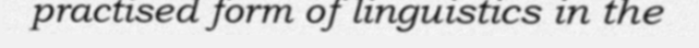
practised form of linguistics in the